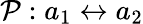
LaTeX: \mathcal{P}:a_{1}\leftrightarrow a_{2}